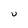
Character: U